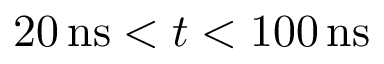
2 0 \, \mathrm { n s } < t < 1 0 0 \, \mathrm { n s }